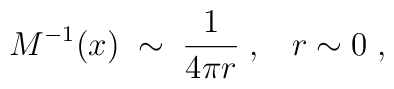
M^{-1}(x) \;\sim \; \frac{1}{4\pi r} \;,\;\;\; r \sim 0\;,